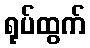
ရုပ်ထွက်